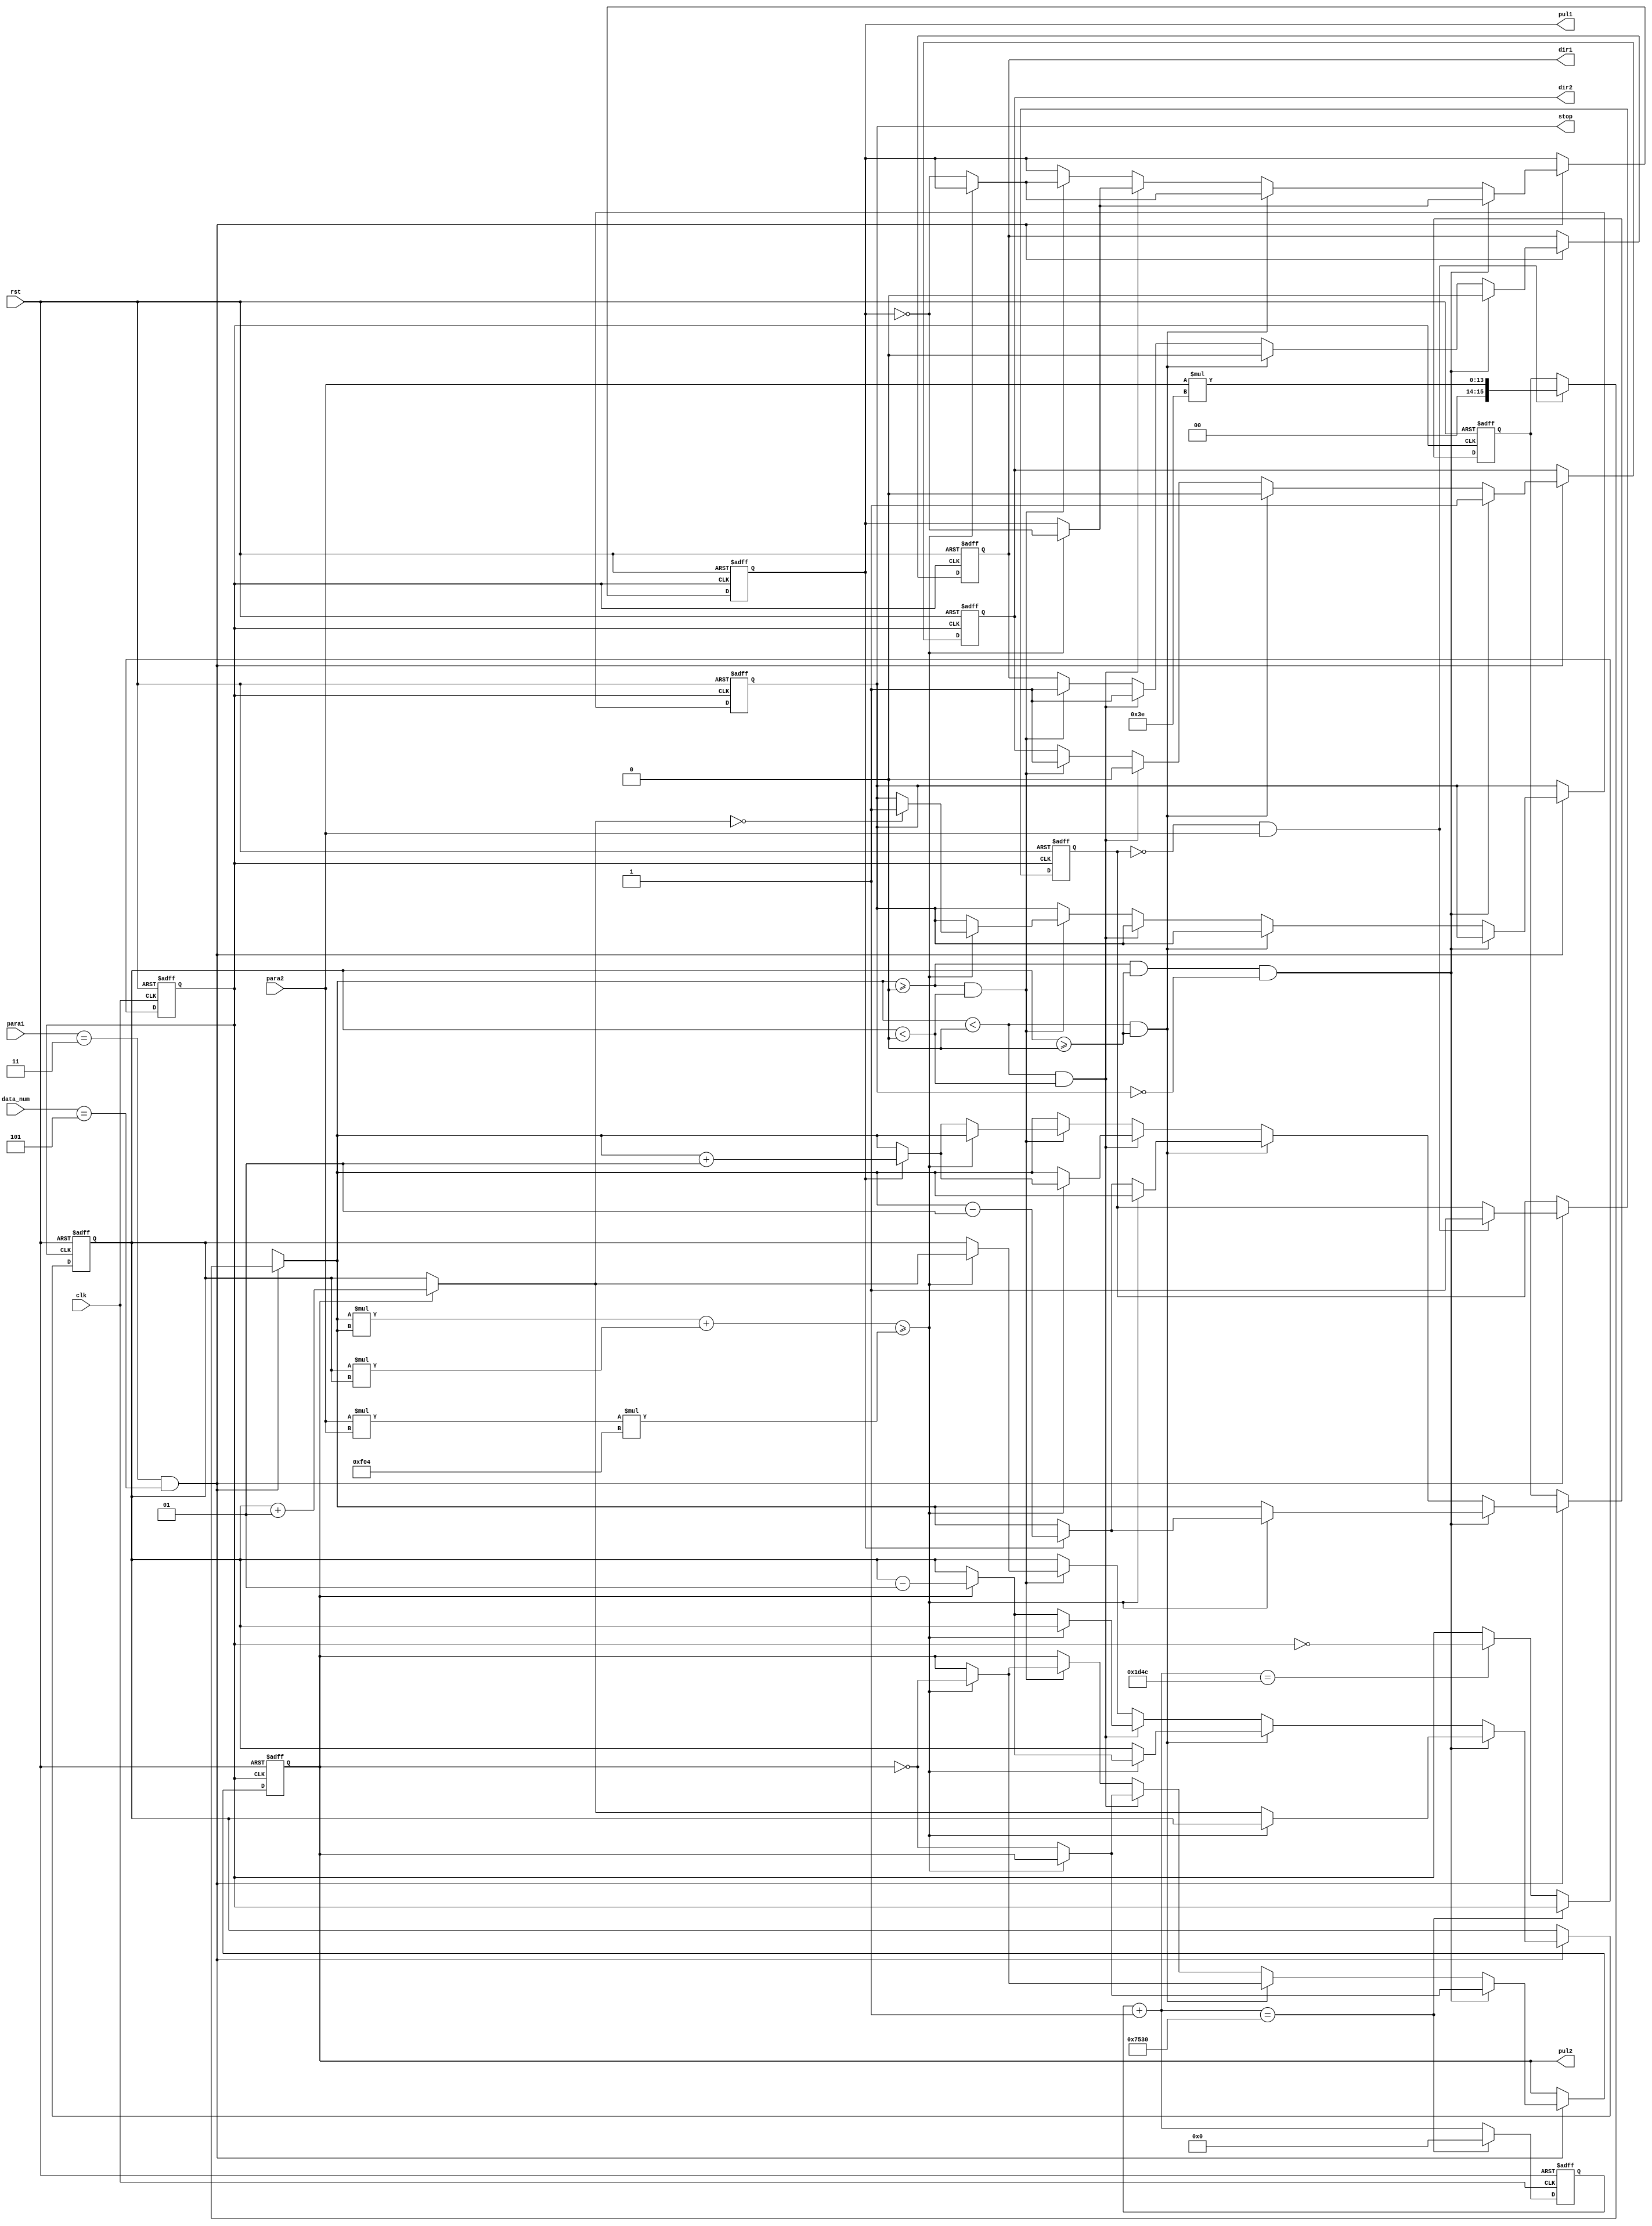
`timescale 1ns / 1ps
//////////////////////////////////////////////////////////////////////////////////
// Company: 
// Engineer: 
// 
// Design Name: 
// Module Name:    circle 
// Project Name: 
// Target Devices: 
// Tool versions: 
// Description: 
//
// Dependencies: 
//
// Revision: 
// Revision 0.01 - File Created
// Additional Comments: 
//
//////////////////////////////////////////////////////////////////////////////////
`define DIVISION	30000
`define RATIO		62

module circle(clk, rst, data_num, para1, para2, pul1, pul2, dir1, dir2, stop);
input clk;
input rst;
input [7:0]para1;
input [7:0]para2;
input [3:0]data_num;
output pul1, pul2;
output dir1, dir2;
output stop;

reg [31:0]cnt;						// 
reg clk1;
reg signed[15:0]site_x, site_y;		// 
reg px, py;
reg dx, dy;
reg cir_start, cir_stop;

/*  */
always @(posedge clk or posedge rst) begin
	if(rst) begin
		cnt = 0;
		clk1 = 0;
	end
	else begin
		cnt = cnt + 1;
		if(cnt == `DIVISION)
			cnt = 0;
		else if(cnt == (`DIVISION >> 2))
			clk1 = ~clk1;
	end
end

always @(posedge clk1 or posedge rst) begin
	if(rst) begin
		site_x = 0;
		site_y = 0;
		px = 1;
		py = 1;
		dx = 0;
		dy = 0;
		cir_start = 0;
		cir_stop = 0;
	end
	else if(para1 == 3 && data_num == 5) begin
		if(!cir_start && para2) begin
			site_x = para2 * `RATIO;	// 
			cir_start = 1;
		end
		/*  */
		if(site_x >= 0 && site_y >= 0 && !cir_stop) begin
			dx = 0;
			dy = 1;
			if((site_x*site_x + site_y*site_y) >= para2*para2*`RATIO**2) begin
				px = ~px;
				site_x = (px == 0) ? (site_x - 1) : site_x;
			end
			else begin
				py = ~py;
				site_y = (py == 0) ? (site_y + 1) : site_y;
			end
		end
		/*  */
		else if(site_x < 0 && site_y >= 0) begin
			dx = 0;
			dy = 0;
			if((site_x*site_x + site_y*site_y) >= para2*para2*`RATIO**2) begin
				py = ~py;
				site_y = (py == 0) ? (site_y - 1) : site_y;
			end
			else begin
				px = ~px;
				site_x = (px == 0) ? (site_x - 1) : site_x;
			end
		end
		/*  */
		else if(site_x < 0 && site_y < 0) begin
			dx = 1;
			dy = 0;
			if((site_x*site_x + site_y*site_y) >= para2*para2*`RATIO**2) begin
				px = ~px;
				site_x = (px == 0) ? (site_x + 1) : site_x;
			end
			else begin
				py = ~py;
				site_y = (py == 0) ? (site_y - 1) : site_y;
			end
		end
		/*  */
		else if(site_x >= 0 && site_y < 0) begin
			dx = 1;
			dy = 1;
//            cir_stop = 1;
			if((site_x*site_x + site_y*site_y) >= para2*para2*`RATIO**2) begin
				py = ~py;
				site_y = (py == 0) ? (site_y + 1) : site_y;
                if(site_y == 0)
                    cir_stop = 1;
			end
			else begin
				px = ~px;
				site_x = (px == 0) ? (site_x + 1) : site_x;
			end
		end
	end
end

assign pul1 = px;
assign pul2 = py;
assign dir1 = dx;
assign dir2 = dy;
assign stop = cir_stop;

endmodule